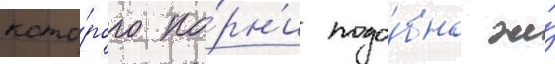
кото́рого ко́рн'и подо́бно же́